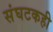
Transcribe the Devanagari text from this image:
संघटकही